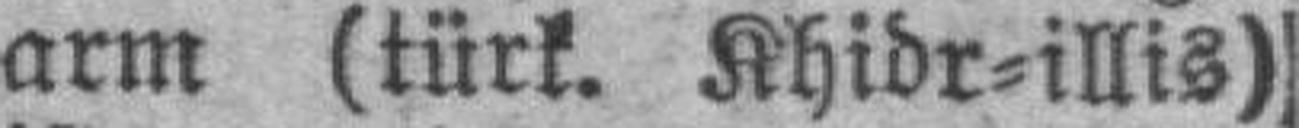
arm (türk. Khidr=illis)